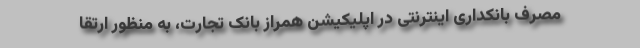
مصرف بانکداری اینترنتی در اپلیکیشن همراز بانک تجارت، به منظور ارتقا